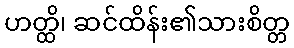
ဟတ္ထိ၊ ဆင်ထိန်း၏သားစိတ္တ